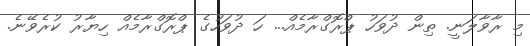
މި ރާވާލަނީ. ތިން ދުވަހު ޕްރޮގްރާމެއް... ހަ ދުވަހުގެ ޕްރޮގްރާމެއް ހިޔާރު ކުރެވޭނެ.